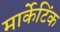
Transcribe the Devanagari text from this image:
मार्केटिंक